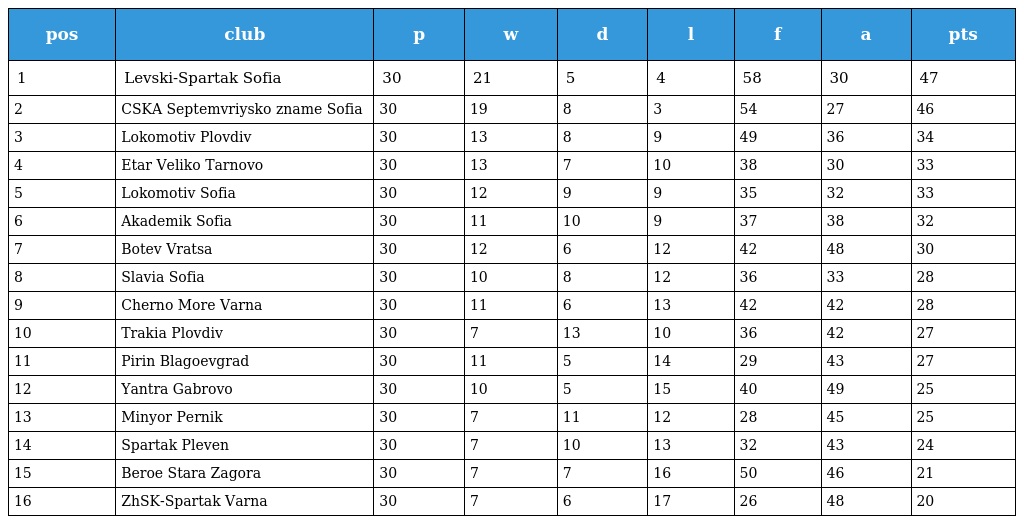
| pos | club | p | w | d | l | f | a | pts |
 | --- | --- | --- | --- | --- | --- | --- | --- | --- |
 | 1 | Levski-Spartak Sofia | 30 | 21 | 5 | 4 | 58 | 30 | 47 |
 | 2 | CSKA Septemvriysko zname Sofia | 30 | 19 | 8 | 3 | 54 | 27 | 46 |
 | 3 | Lokomotiv Plovdiv | 30 | 13 | 8 | 9 | 49 | 36 | 34 |
 | 4 | Etar Veliko Tarnovo | 30 | 13 | 7 | 10 | 38 | 30 | 33 |
 | 5 | Lokomotiv Sofia | 30 | 12 | 9 | 9 | 35 | 32 | 33 |
 | 6 | Akademik Sofia | 30 | 11 | 10 | 9 | 37 | 38 | 32 |
 | 7 | Botev Vratsa | 30 | 12 | 6 | 12 | 42 | 48 | 30 |
 | 8 | Slavia Sofia | 30 | 10 | 8 | 12 | 36 | 33 | 28 |
 | 9 | Cherno More Varna | 30 | 11 | 6 | 13 | 42 | 42 | 28 |
 | 10 | Trakia Plovdiv | 30 | 7 | 13 | 10 | 36 | 42 | 27 |
 | 11 | Pirin Blagoevgrad | 30 | 11 | 5 | 14 | 29 | 43 | 27 |
 | 12 | Yantra Gabrovo | 30 | 10 | 5 | 15 | 40 | 49 | 25 |
 | 13 | Minyor Pernik | 30 | 7 | 11 | 12 | 28 | 45 | 25 |
 | 14 | Spartak Pleven | 30 | 7 | 10 | 13 | 32 | 43 | 24 |
 | 15 | Beroe Stara Zagora | 30 | 7 | 7 | 16 | 50 | 46 | 21 |
 | 16 | ZhSK-Spartak Varna | 30 | 7 | 6 | 17 | 26 | 48 | 20 |